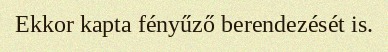
Ekkor kapta fényűző berendezését is.